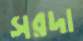
সরদা